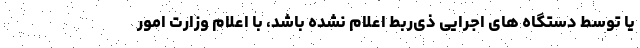
یا توسط دستگاه های اجرایی ذی­ربط اعلام نشده باشد، با اعلام وزارت امور